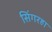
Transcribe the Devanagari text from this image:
सिंगरहा